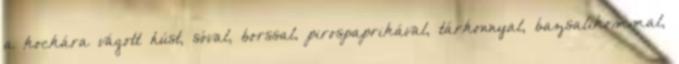
a kockára vágott húst, sóval, borssal, pirospaprikával, tárkonnyal, bazsalikommal,